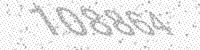
Solution: 108864